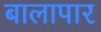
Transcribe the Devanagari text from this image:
बालापार